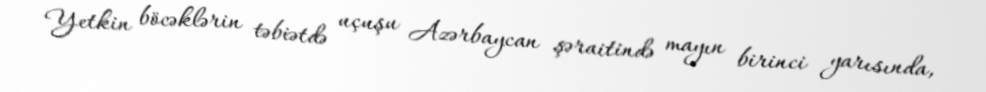
Yetkin böcəklərin təbiətdə uçuşu Azərbaycan şəraitində mayın birinci yarısında,